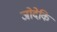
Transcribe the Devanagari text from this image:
जोदेकि